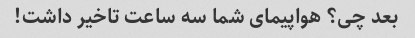
بعد چی؟ هواپیمای شما سه ساعت تاخیر داشت!